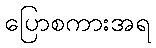
ပြောစကားအရ